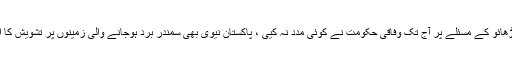
سمندری پانی کے چڑھائو کے مسئلے پر آج تک وفاقی حکومت نے کوئی مدد نہ کیی ، پاکستان نیوی بھی سمندر برد ہوجانے والی زمینوں پر تشویش کا اظہار کرتی رہی ہے۔